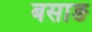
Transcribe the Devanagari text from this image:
बसाङ